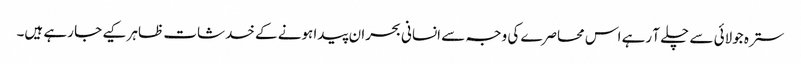
سترہ جولائی سے چلے آ رہے اس محاصرے کی وجہ سے انسانی بحران پیدا ہونے کے خدشات ظاہر کیے جا رہے ہیں۔